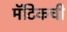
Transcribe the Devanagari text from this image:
मॅटिकची